Indian Medical Review
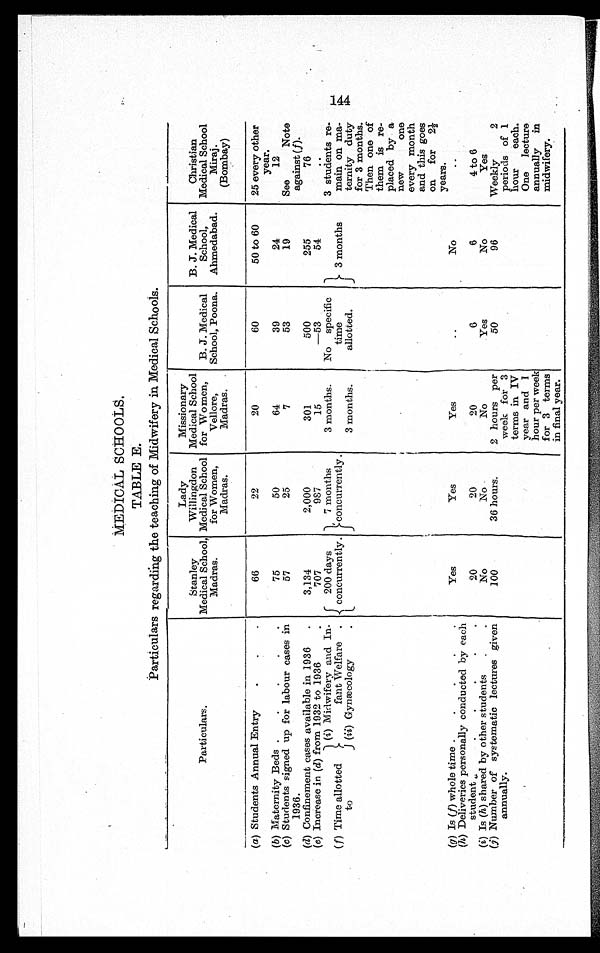
MEDICAL SCHOOLS.
TABLE E.
Particulars regarding the teaching of Midwifery in Medical Schools.
Particulars.
Stanley
Medical School,
Madras.
Lady
Willingdon
Medical School
for Women,
Madras.
Missionary
Medical School
for Women,
Vellore,
Madras.
B. J. Medical
School, Poona.
B. J. Medical
School,
Ahmedabad.
Christian
Medical School
Miraj.
(Bombay)
(a) Students Annual Entry
66
22
20
60
50 to 60
25 every other
year.
( b) Maternity Beds
75
50
64
39
24
12
(c) Students signed up for labour cases in
1936.
57
25
7
53
19
See
Note
against (f).
(d) Confinement cases available in 1936
3,134
2,000
301
500
255
7 6
(e) Increase in (d) from 1932 to 1936
707
987
15
—53
54
..
( f) Time allotted
to
(i) Midwifery and In-
fant Welfare
200 days
concurrently.
7 months
.
concurrently
3 months.
No specific
time
allotted.
3 months
3 students re-
main on ma-
ternity duty
for 3 months.
Then one of
them is re-
placed by a
new one
every month
and this goes
on for
2 ½
years.
(ii) Gynæcology
3 months.
(g) Is (f) whole time
Yes
Yes
Yes
..
No
..
(h) Deliveries personally conducted by each
student
20
20
20
6
6
4 to 6
(i) Is (h ) shared by other students
No
No
No
Yes
No
Yes
(j) Number of systematic lectures given
annually.
100
36 hours.
2 hours per
week for 3
terms in IV
year and 1
hour per week
for 3 terms
in final year.
50
96
Weekly 2
periods of 1
hour
each.
One lecture
annually in
midwifery.